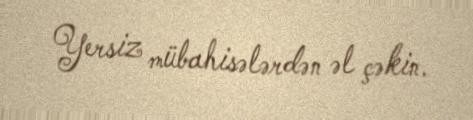
Yersiz mübahisələrdən əl çəkin.